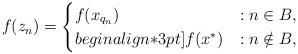
LaTeX: \begin{align*} f(z_n) = \begin{cases} f(x_{q_n}) &: n \in B,\\begin{align*}3pt] f(x^\ast) &: n \notin B, \end{cases} \end{align*}